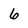
Character: 6